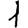
Digit: 1